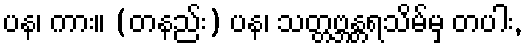
ပန၊ ကား။ (တနည်း) ပန၊ သတ္တဗ္ဘန္တရသိမ်မှ တပါး,